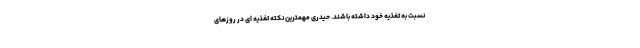
نسبت به تغذیه خود داشته باشند. حیدری مهمترین نکته تغذیه ای در روزهای